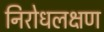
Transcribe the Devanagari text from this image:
निरोधलक्षण